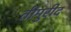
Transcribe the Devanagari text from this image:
तीमुरीद